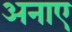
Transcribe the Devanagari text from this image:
अनाए